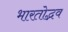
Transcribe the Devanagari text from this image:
भारतोद्भव